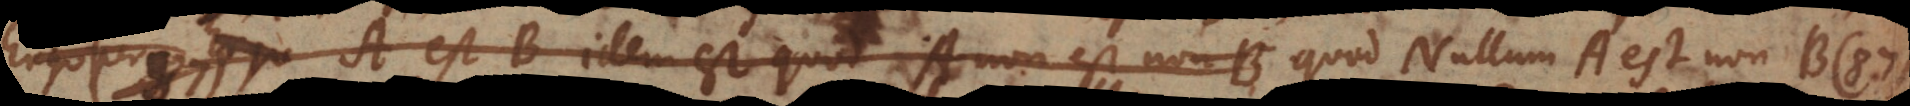
Ergo A est B idem est quod A non est non‐B (per 87) quod Nullum A est non‐B